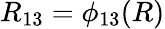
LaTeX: R_{13}=\phi_{13}(R)